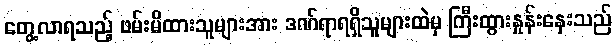
တွေ့လာရသည့် ဖမ်းမိထားသူများအား ဒဏ်ရာရရှိသူများထဲမှ ကြီးထွားနှုန်းနှေးသည်